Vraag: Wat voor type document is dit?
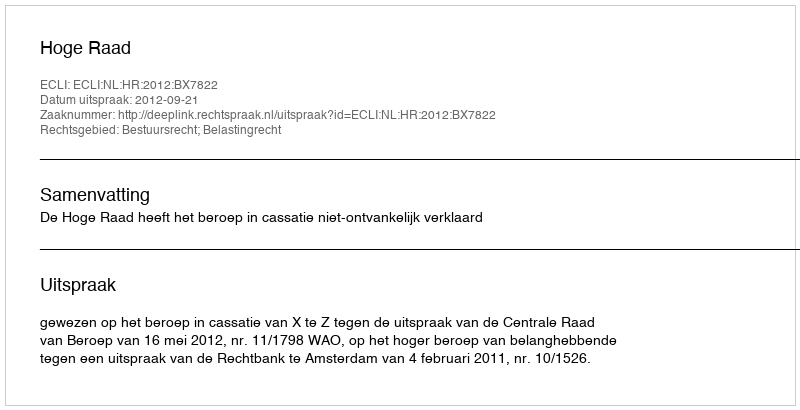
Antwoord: Uitspraak